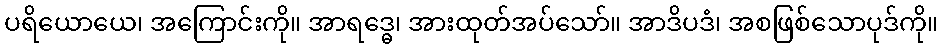
ပရိယောယေ၊ အကြောင်းကို။ အာရဒ္ဓေ၊ အားထုတ်အပ်သော်။ အာဒိပဒံ၊ အစဖြစ်သောပုဒ်ကို။